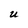
Character: U